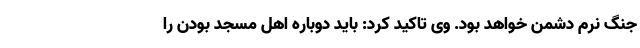
جنگ نرم دشمن خواهد بود. وی تاکید کرد: باید دوباره اهل مسجد بودن را